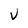
Character: V